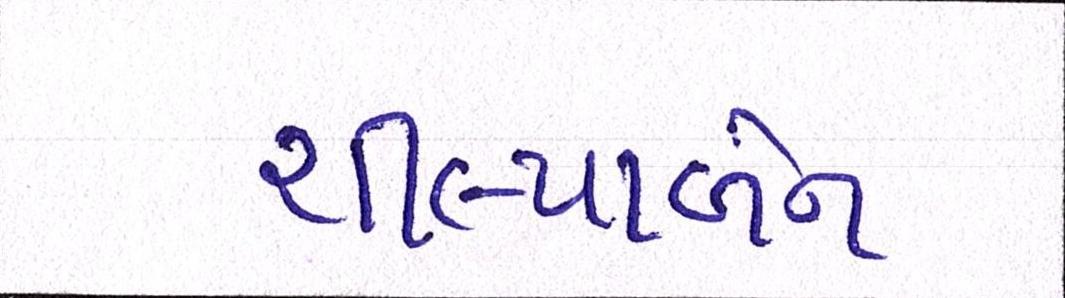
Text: શીલ્પાબેન